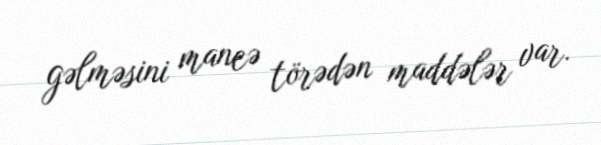
gəlməsini maneə törədən maddələr var.